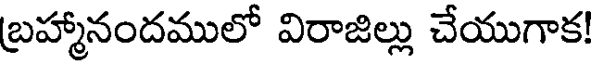
బ్రహ్మానందములో విరాజిల్లు చేయుగాక!